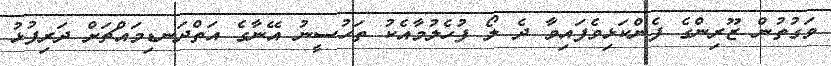
ވަގުތުން ޒޫރިންގެ ފެންކަޅިވެފައިވާ ދެ ލޯ ފުހެލުމާއެކު ތަހުސީނު އޭނާގެ އަތްދަނޑިމައްޗަށް ދަރިފުޅު